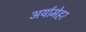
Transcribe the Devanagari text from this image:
अर्यामेहर